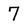
Character: 7